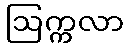
ဩက္ကလာ